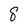
Character: 8